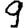
Digit: 9